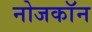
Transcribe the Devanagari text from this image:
नोजकाॅन